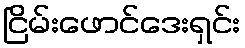
ငြိမ်းဖောင်ဒေးရှင်း